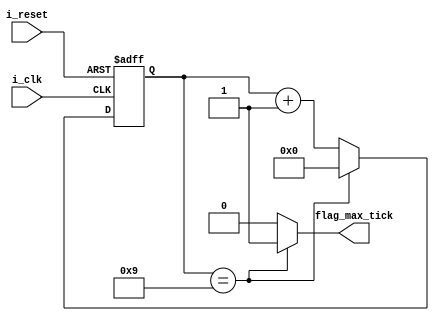
`timescale 1ns / 1ps

module Baud_rate_generator #(
    parameter N     =       4,  //8        // Cantidad de bits del counter
    parameter M     =       10  //163         // Mod M
)(
    input   wire    i_clk           ,
    input   wire    i_reset         ,
    output  wire    flag_max_tick
);

//  Declaracion de seales
reg     [N-1:0]     r_reg           ;
wire    [N-1:0]     r_next          ;

//  Lgica del reset
always  @(posedge i_clk,    posedge i_reset)
    if  (i_reset)
        r_reg   <=      0           ;
    else
        r_reg   <=      r_next      ;

//  Logica de proximo estado
assign r_next       =   (r_reg==(M-1)) ? 0 : r_reg + 1  ;

//  Logica de salida
assign flag_max_tick   =   (r_reg==(M-1)) ? 1'b1 : 1'b0    ;

endmodule